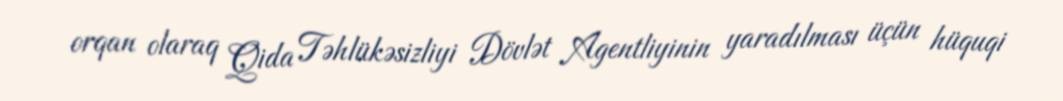
orqan olaraq Qida Təhlükəsizliyi Dövlət Agentliyinin yaradılması üçün hüquqi